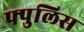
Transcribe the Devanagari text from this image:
फ्पुलिस